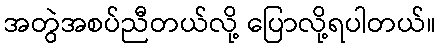
အတွဲအစပ်ညီတယ်လို့ ပြောလို့ရပါတယ်။